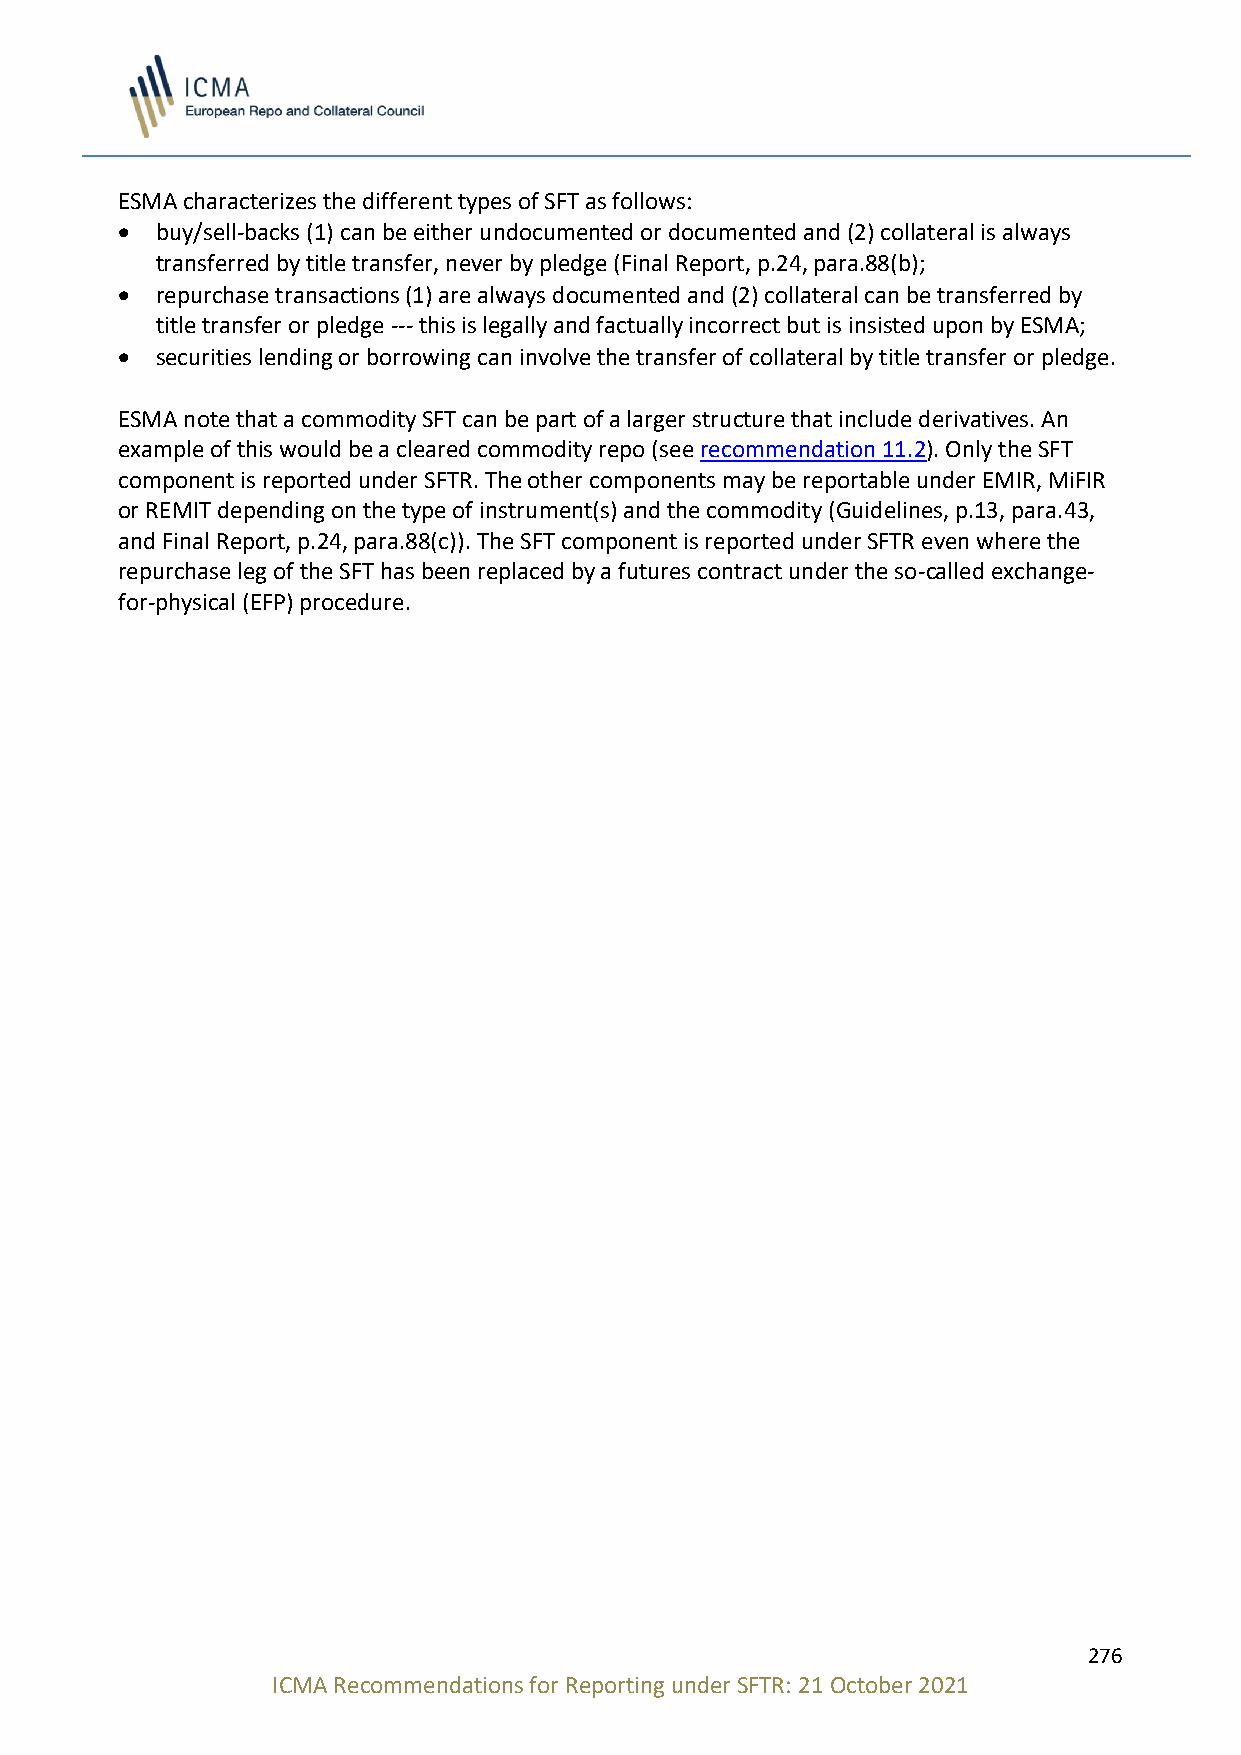
ESMA characterizes the different types of SFT as follows:
 • buy/sell-backs (1) can be either undocumented or documented and (2) collateral is always
 transferred by title transfer, never by pledge (Final Report, p.24, para.88(b);
 • repurchase transactions (1) are always documented and (2) collateral can be transferred by
 title transfer or pledge --- this is legally and factually incorrect but is insisted upon by ESMA;
 • securities lending or borrowing can involve the transfer of collateral by title transfer or pledge.
 ESMA note that a commodity SFT can be part of a larger structure that include derivatives. An
 example of this would be a cleared commodity repo (see recommendation 11.2). Only the SFT
 component is reported under SFTR. The other components may be reportable under EMIR, MiFIR
 or REMIT depending on the type of instrument(s) and the commodity (Guidelines, p.13, para.43,
 and Final Report, p.24, para.88(c)). The SFT component is reported under SFTR even where the
 repurchase leg of the SFT has been replaced by a futures contract under the so-called exchange-
 for-physical (EFP) procedure.
 276
 ICMA Recommendations for Reporting under SFTR: 21 October 2021